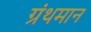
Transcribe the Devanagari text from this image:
ग्रंथमान